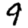
Digit: 9